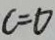
c = 0